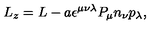
L _ { z } = L - a \epsilon ^ { \mu \nu \lambda } P _ { \mu } n _ { \nu } p _ { \lambda } ,